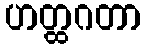
ဟတ္ထဂတာ